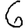
Digit: 6